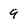
Character: 9